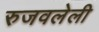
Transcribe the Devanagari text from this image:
रुजवलेली